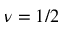
\nu = 1 / 2